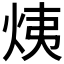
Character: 𤈙